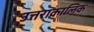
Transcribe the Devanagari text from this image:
उत्तराकालिक